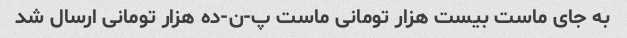
به جای ماست بیست هزار تومانی ماست پ-ن-ده هزار تومانی ارسال شد